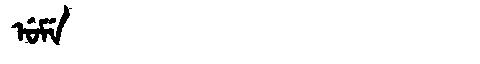
Manchu: ᡠᠮᡝ
Romanization: UME